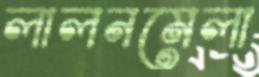
লালনমেলা